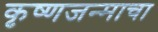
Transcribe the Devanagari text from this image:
कृष्णजन्माचा